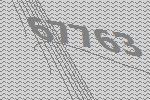
67763